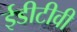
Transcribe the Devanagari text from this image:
ईडीटीवी